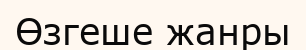
Өзгеше жанры